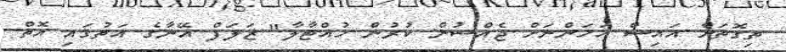
ތިގޮތަށް އައިސް އަހަންނަށް ޖެއްސުން ކުރުން ހުއްޓާލާ" ޒަލަފް އޭނާގެ އަތުގައި އޮތް